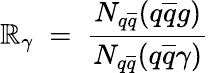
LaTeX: \mathbb{R}_{\gamma}\; =\; \frac{{N_{q\overline{{{{q}}}}}(q\overline{{{{q}}}}g)}}{{N_{q\overline{{{{q}}}}}(q\overline{{{{q}}}}\gamma)}}